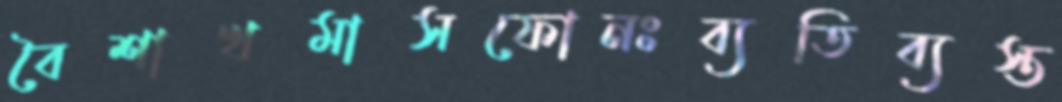
বৈশাখমাসফোনঃব্যতিব্যস্ত